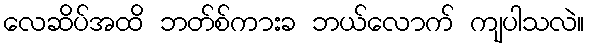
လေဆိပ်အထိ ဘတ်စ်ကားခ ဘယ်လောက် ကျပါသလဲ။